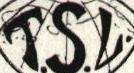
T.S.L.